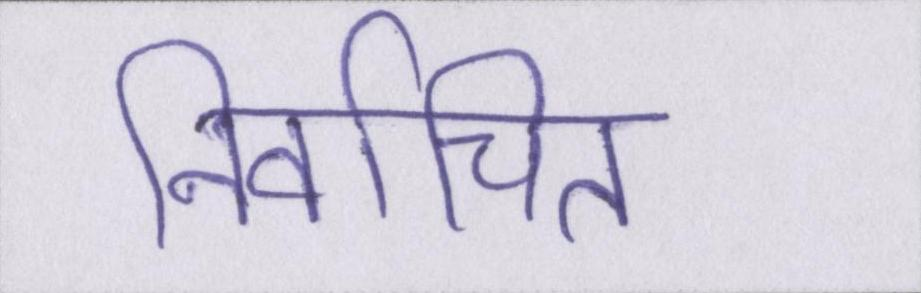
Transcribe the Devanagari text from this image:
निर्वाचित